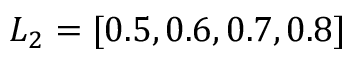
L _ { 2 } = [ 0 . 5 , 0 . 6 , 0 . 7 , 0 . 8 ]